Vaccination in Burma 1920-1933 - 1920-1933
Year: 1920
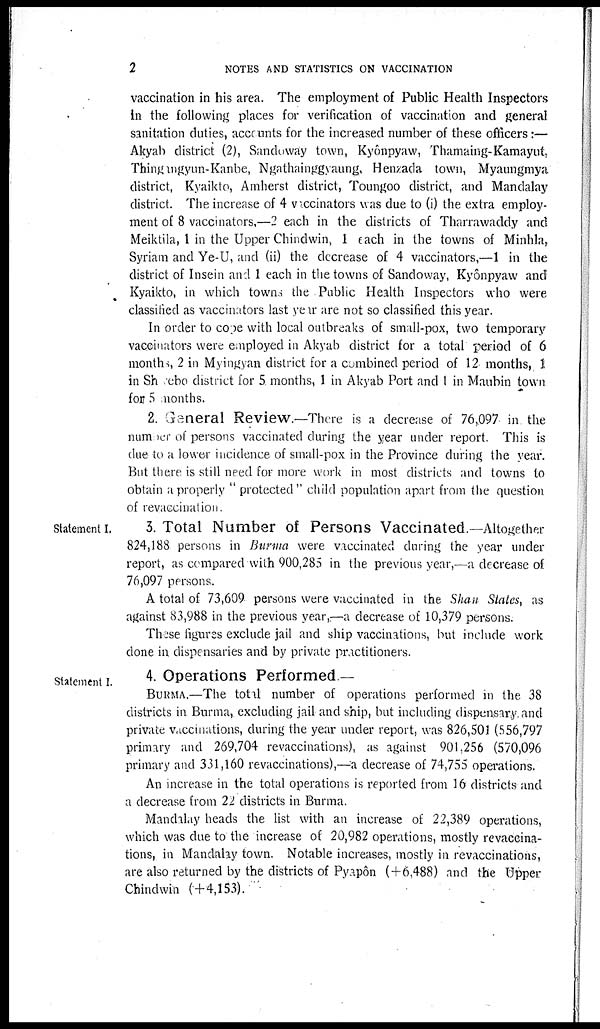
2
NOTES AND STATISTICS ON VACCINATION
vaccination in his area. The employment of Public Health Inspectors
in the following places for verification of vaccination and general
sanitation duties, accounts for the increased number of these officers:—
Akyab district (2), Sandoway town, Kyônpyaw, Thamaing-Kamayut,
Thingangyun-Kanbe, Ngathainggyaung, Henzada town, Myaungmya
district, Kyaikto, Amherst district, Toungoo district, and Mandalay
district. The increase of 4 vaccinators was due to (i) the extra employ-
ment of 8 vaccinators,—2 each in the districts of Tharrawaddy and
Meiktila, 1 in the Upper Chindwin, 1 each in the towns of Minhla,
Syriam and Ye-U, and (ii) the decrease of 4 vaccinators,—1 in the
district of Insein and 1 each in the towns of Sandoway, Kyônpyaw and
Kyaikto, in which towns the Public Health Inspectors who were
classified as vaccinators last year are not so classified this year.
In order to cope with local outbreaks of small-pox, two temporary
vaccinators were employed in Akyab district for a total period of 6
months, 2 in Myingyan district for a combined period of 12 months, 1
in Shwebo district for 5 months, 1 in Akyab Port and 1 in Maubin town
for 5 months.
2. General Review.—There is a decrease of 76,097 in the
number of persons vaccinated during the year under report. This is
due to a lower incidence of small-pox in the Province during the year.
But there is still need for more work in most districts and towns to
obtain a properly " protected" child population apart from the question
of revaccination.
Statement I.
3. Total Number of Persons Vaccinated.—Altogether
824,188 persons in Burma were vaccinated during the year under
report, as compared with 900,285 in the previous year,—a decrease of
76,097 persons.
A total of 73,609 persons were vaccinated in the Shan States, as
against 83,988 in the previous year,—a decrease of 10,379 persons.
These figures exclude jail and ship vaccinations, but include work
done in dispensaries and by private practitioners.
Statement I.
4. Operations Performed —
BURMA.—The total number of operations performed in the 38
districts in Burma, excluding jail and ship, but including dispensary and
private vaccinations, during the year under report, was 826,501 (556,797
primary and 269,704 revaccinations), as against 901,256 (570,096
primary and 331,160 revaccinations),—a decrease of 74,755 operations.
An increase in the total operations is reported from 16 districts and
a decrease from 22 districts in Burma.
Mandalay heads the list with an increase of 22,389 operations,
which was due to the increase of 20,982 operations, mostly revaccina-
tions, in Mandalay town. Notable increases, mostly in revaccinations,
are also returned by the districts of Pyapôn ( + 6,488) and the Upper
Chindwin (+4,153).